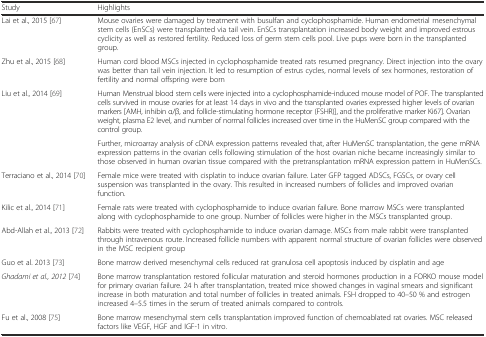
<table><thead><tr><td><b>Study</b></td><td><b>Highlights</b></td></tr></thead><tbody><tr><td>Lai et al., 2015 [67]</td><td>Mouse ovaries were damaged by treatment with busulfan and cyclophosphamide. Human endometrial mesenchymal stem cells (EnSCs) were transplanted via tail vein. EnSCs transplantation increased body weight and improved estrous cyclicity as well as restored fertility. Reduced loss of germ stem cells pool. Live pups were born in the transplanted group.</td></tr><tr><td>Zhu et al., 2015 [68]</td><td>Human cord blood MSCs injected in cyclophosphamide treated rats resumed pregnancy. Direct injection into the ovary was better than tail vein injection. It led to resumption of estrus cycles, normal levels of sex hormones, restoration of fertility and normal offspring were born</td></tr><tr><td rowspan="2">Liu et al., 2014 [69]</td><td>Human Menstrual blood stem cells were injected into a cyclophosphamide-induced mouse model of POF. The transplanted cells survived in mouse ovaries for at least 14 days in vivo and the transplanted ovaries expressed higher levels of ovarian markers [AMH, inhibin α/β, and follicle-stimulating hormone receptor (FSHR)], and the proliferative marker Ki67]. Ovarian weight, plasma E2 level, and number of normal follicles increased over time in the HuMenSC group compared with the control group.</td></tr><tr><td>Further, microarray analysis of cDNA expression patterns revealed that, after HuMenSC transplantation, the gene mRNA expression patterns in the ovarian cells following stimulation of the host ovarian niche became increasingly similar to those observed in human ovarian tissue compared with the pretransplantation mRNA expression pattern in HuMenSCs.</td></tr><tr><td>Terraciano et al., 2014 [70]</td><td>Female mice were treated with cisplatin to induce ovarian failure. Later GFP tagged ADSCs, FGSCs, or ovary cell suspension was transplanted in the ovary. This resulted in increased numbers of follicles and improved ovarian function.</td></tr><tr><td>Kilic et al., 2014 [71]</td><td>Female rats were treated with cyclophosphamide to induce ovarian failure. Bone marrow MSCs were transplanted along with cyclophosphamide to one group. Number of follicles were higher in the MSCs transplanted group.</td></tr><tr><td>Abd-Allah et al., 2013 [72]</td><td>Rabbits were treated with cyclophosphamide to induce ovarian damage. MSCs from male rabbit were transplanted through intravenous route. Increased follicle numbers with apparent normal structure of ovarian follicles were observed in the MSC recipient group</td></tr><tr><td>Guo et al. 2013 [73]</td><td>Bone marrow derived mesenchymal cells reduced rat granulosa cell apoptosis induced by cisplatin and age</td></tr><tr><td><i>Ghadami et al., 2012</i> [74]</td><td>Bone marrow transplantation restored follicular maturation and steroid hormones production in a FORKO mouse model for primary ovarian failure. 24 h after transplantation, treated mice showed changes in vaginal smears and significant increase in both maturation and total number of follicles in treated animals. FSH dropped to 40–50 % and estrogen increased 4–5.5 times in the serum of treated animals compared to controls.</td></tr><tr><td>Fu et al., 2008 [75]</td><td>Bone marrow mesenchymal stem cells transplantation improved function of chemoablated rat ovaries. MSC released factors like VEGF, HGF and IGF-1 in vitro.</td></tr></tbody></table>